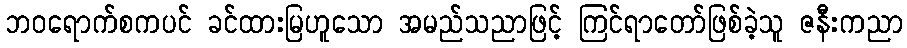
ဘဝရောက်စကပင် ခင်ထားမြဟူသော အမည်သညာဖြင့် ကြင်ရာတော်ဖြစ်ခဲ့သူ ဇနီးကညာ